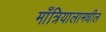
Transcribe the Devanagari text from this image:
माँत्रियालामधील